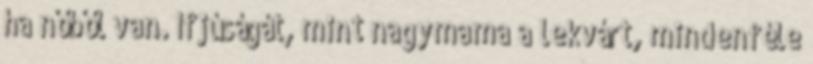
ha nőből van. Ifjúságát, mint nagymama a lekvárt, mindenféle